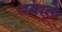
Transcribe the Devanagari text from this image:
तवाते